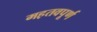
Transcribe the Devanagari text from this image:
मह़तवपूर्ण